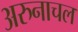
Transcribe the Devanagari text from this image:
अरुनाचल